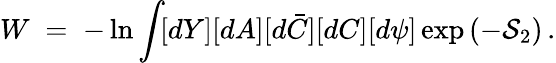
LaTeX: W\; =\; -\ln\int\! [dY][dA][d\bar{C}][dC][d\psi]\exp\left(-\mathcal{S}_{2}\right)\, .